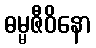
ဓမ္မဇီဝိနော